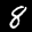
Label: 8